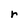
Character: r